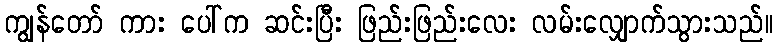
ကျွန်တော် ကား ပေါ်က ဆင်းပြီး ဖြည်းဖြည်းလေး လမ်းလျှောက်သွားသည်။